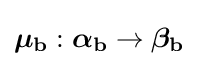
{\textstyle {\boldsymbol {\mathbf {\mu _{b}} }}:{\boldsymbol {\mathbf {\alpha _{b}} }}\rightarrow {\boldsymbol {\mathbf {\beta _{b}} }}}